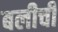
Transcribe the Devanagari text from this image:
बलीची